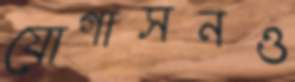
যোগাসনও